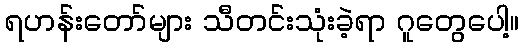
ရဟန်းတော်များ သီတင်းသုံးခဲ့ရာ ဂူတွေပေါ့။